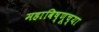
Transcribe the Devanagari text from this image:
महाविष्णूच्या